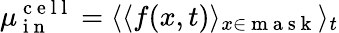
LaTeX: \mu_{\mathrm{~i~n~}}^{\mathrm{~c~e~l~l~}}=\langle\langle f(x,t)\rangle_{x\in\mathrm{~m~a~s~k~}}\rangle_{t}